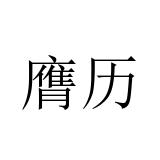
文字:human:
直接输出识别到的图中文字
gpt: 膺历